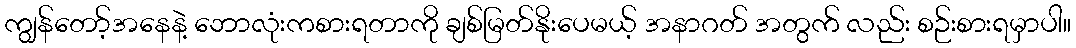
ကျွန်တော့်အနေနဲ့ ဘောလုံးကစားရတာကို ချစ်မြတ်နိုးပေမယ့် အနာဂတ် အတွက် လည်း စဉ်းစားရမှာပါ။